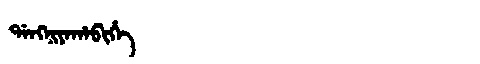
Manchu: ᡩᠠᠩᠨᡳᠶᠠᡥᠠᠪᡳᡥᡝ
Romanization: DANGNIYAHABIHE